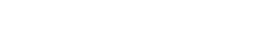
ခွင့်ပြုပါ။ ပန်းကန် ယူလို့ရပြီလား ဆရာ။